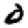
Digit: 0